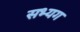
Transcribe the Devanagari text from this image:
सभ्यग